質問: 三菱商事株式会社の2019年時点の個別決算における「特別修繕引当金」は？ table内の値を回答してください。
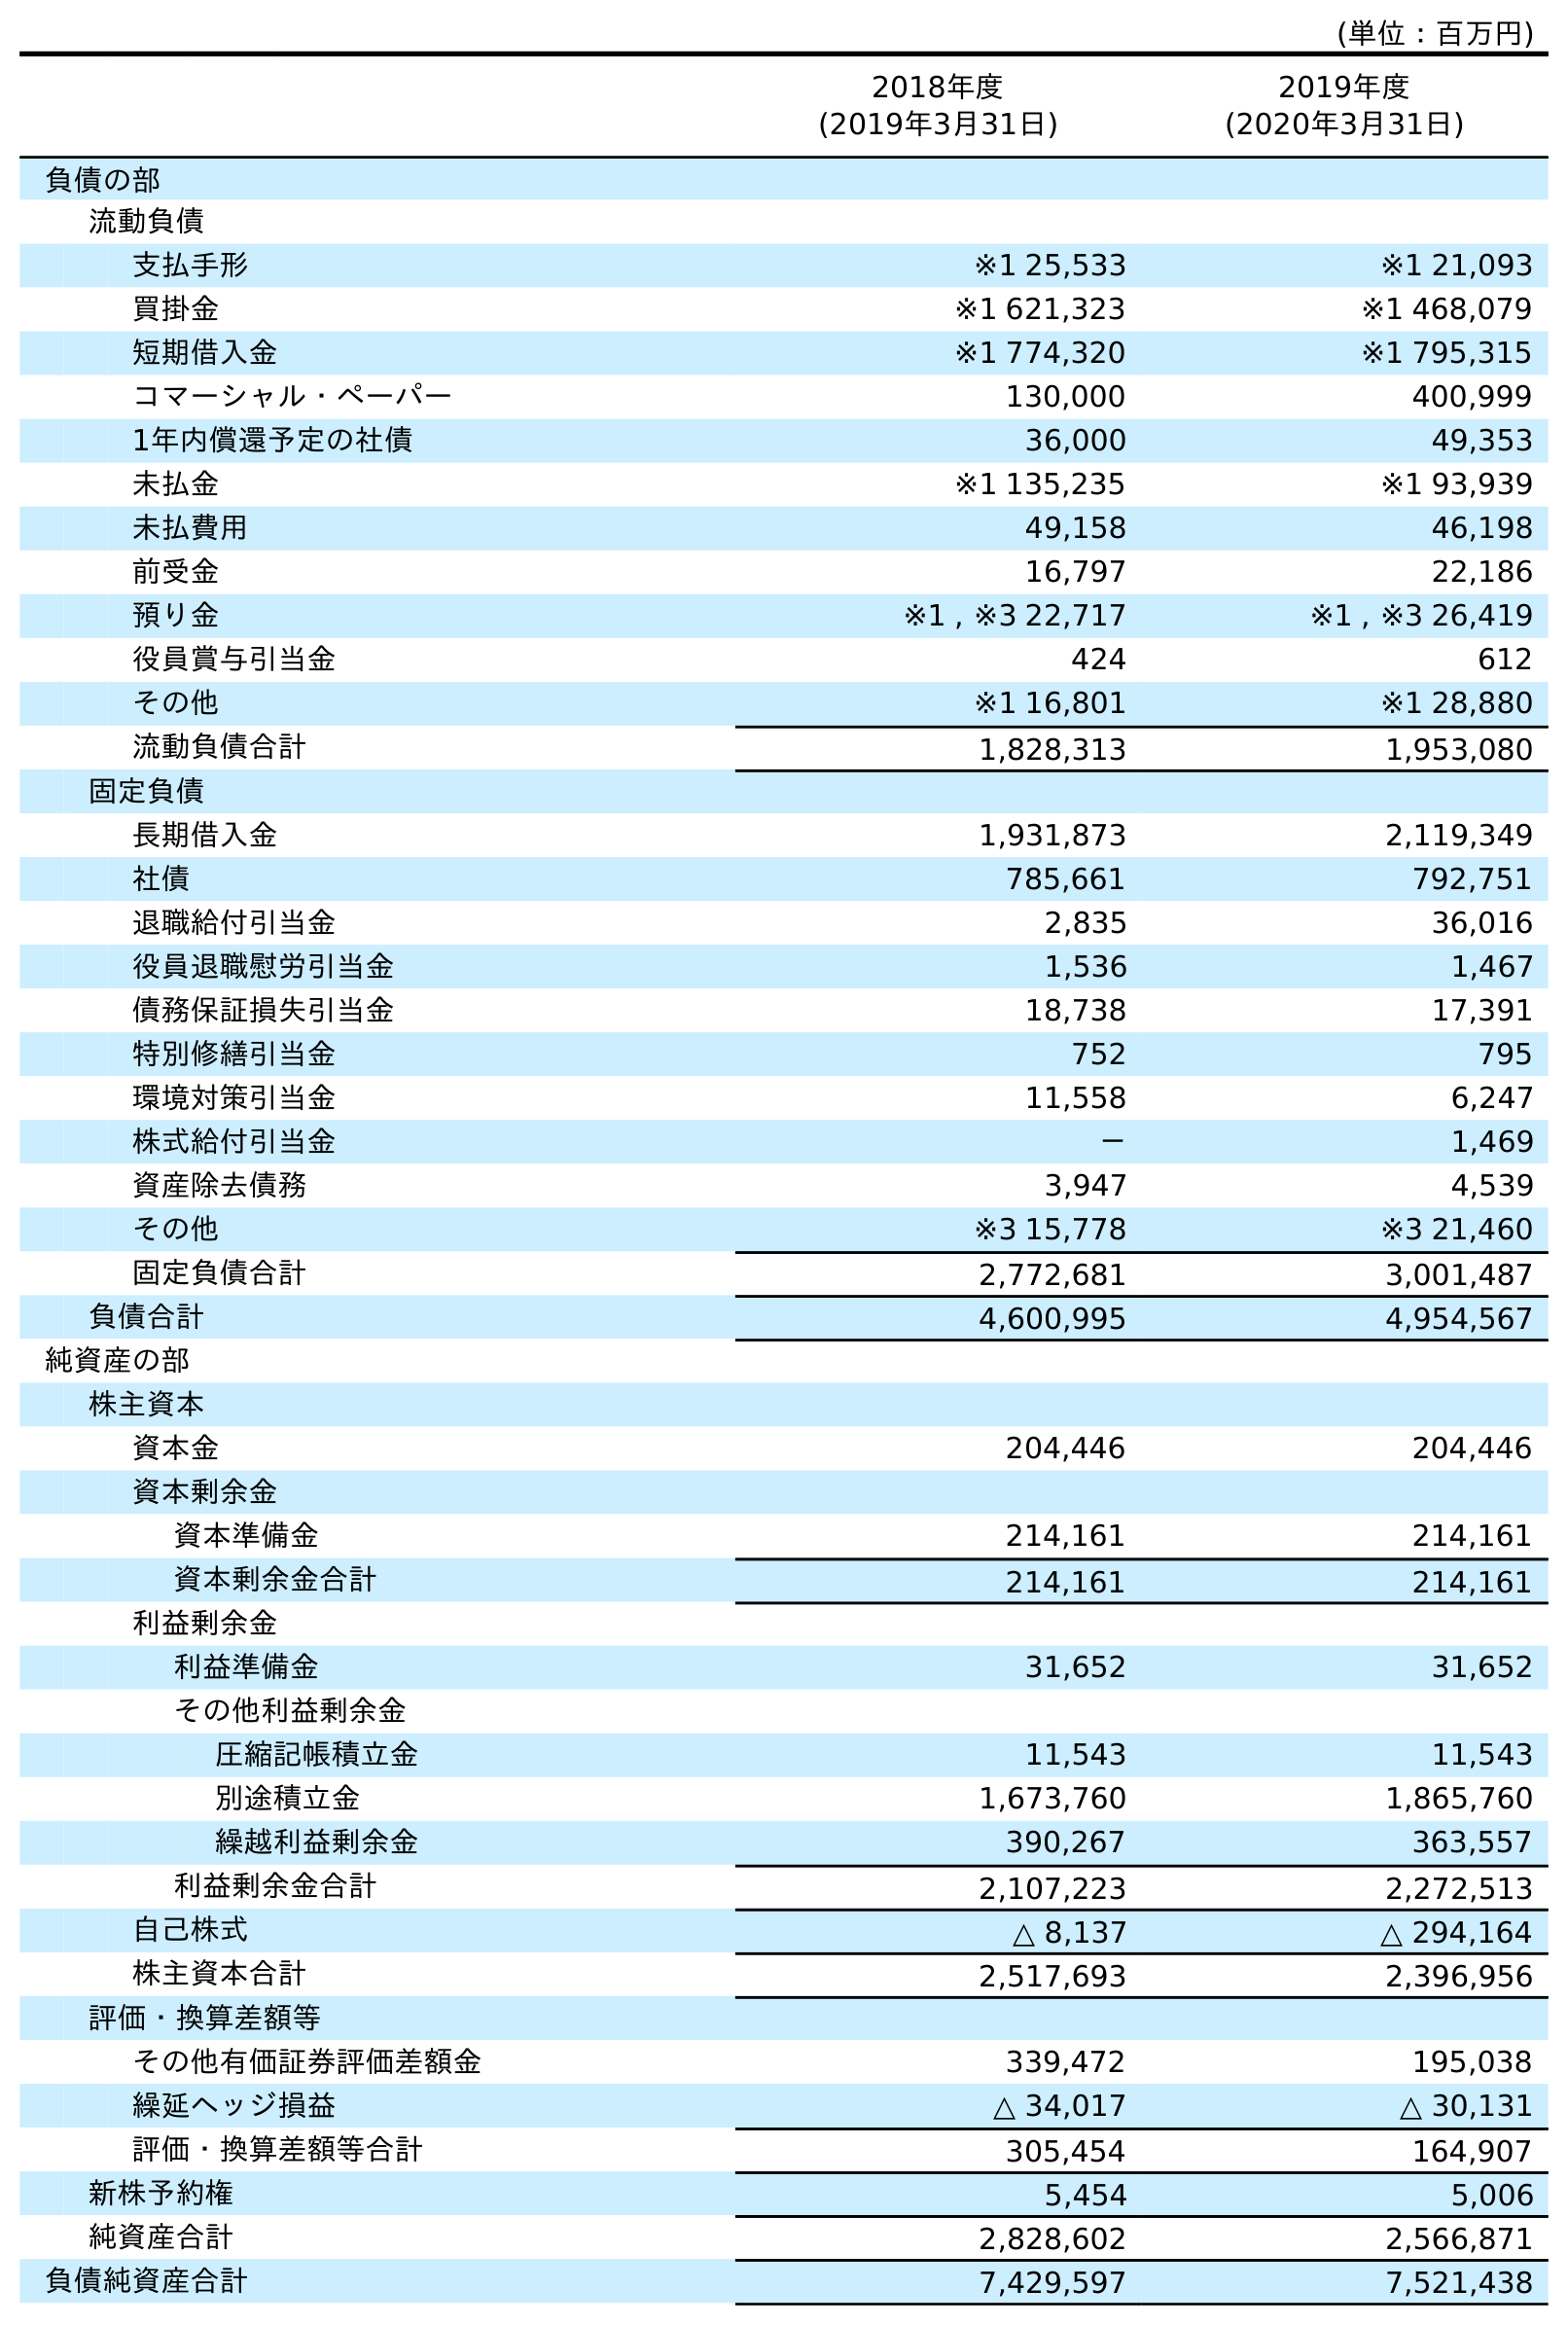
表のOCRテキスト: (単位：百万円) 2018年度 (2019年3月31日) 2019年度 (2020年3月31日) 負債の部 流動負債 支払手形 ※1 25,533 ※1 21,093 買掛金 ※1 621,323 ※1 468,079 短期借入金 ※1 774,320 ※1 795,315 コマーシャル・ペーパー 130,000 400,999 1年内償還予定の社債 36,000 49,353 未払金 ※1 135,235 ※1 93,939 未払費用 49,158 46,198 前受金 16,797 22,186 預り金 ※1 , ※3 22,717 ※1 , ※3 26,419 役員賞与引当金 424 612 その他 ※1 16,801 ※1 28,880 流動負債合計 1,828,313 1,953,080 固定負債 長期借入金 1,931,873 2,119,349 社債 785,661 792,751 退職給付引当金 2,835 36,016 役員退職慰労引当金 1,536 1,467 債務保証損失引当金 18,738 17,391 特別修繕引当金 752 795 環境対策引当金 11,558 6,247 株式給付引当金 － 1,469 資産除去債務 3,947 4,539 その他 ※3 15,778 ※3 21,460 固定負債合計 2,772,681 3,001,487 負債合計 4,600,995 4,954,567 純資産の部 株主資本 資本金 204,446 204,446 資本剰余金 資本準備金 214,161 214,161 資本剰余金合計 214,161 214,161 利益剰余金 利益準備金 31,652 31,652 その他利益剰余金 圧縮記帳積立金 11,543 11,543 別途積立金 1,673,760 1,865,760 繰越利益剰余金 390,267 363,557 利益剰余金合計 2,107,223 2,272,513 自己株式 △ 8,137 △ 294,164 株主資本合計 2,517,693 2,396,956 評価・換算差額等 その他有価証券評価差額金 339,472 195,038 繰延ヘッジ損益 △ 34,017 △ 30,131 評価・換算差額等合計 305,454 164,907 新株予約権 5,454 5,006 純資産合計 2,828,602 2,566,871 負債純資産合計 7,429,597 7,521,438
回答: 752